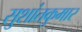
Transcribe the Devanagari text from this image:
सुशांतकुमार